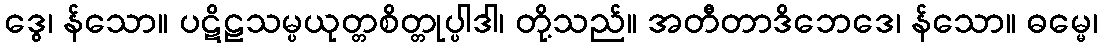
ဒွေ၊ န်သော။ ပဋိဠသမ္ပယုတ္တစိတ္တုပ္ပါဒါ၊ တို့သည်။ အတီတာဒိဘေဒေ၊ န်သော။ ဓမ္မေ၊